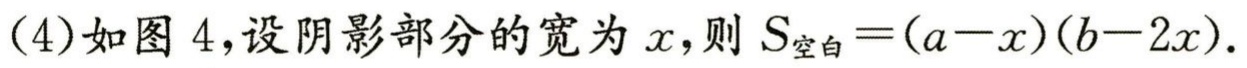
(4)如图 4，设阴影部分的宽为\(x\)，则\(S_{空白}=(a - x)(b - 2x)\).